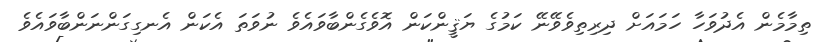
ތިމާމެން އެދުވަހާ ހަމައަށް ދިރިތިވެވޭނޭ ކަމުގެ ޔަޤީންކަން އޮވެގެންބާވައެވެ ނުވަތަ އެކަން އެނގިގަންނަންބާވައެވެ